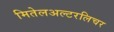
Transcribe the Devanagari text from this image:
मितेलअल्टरलिचर